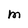
Character: M